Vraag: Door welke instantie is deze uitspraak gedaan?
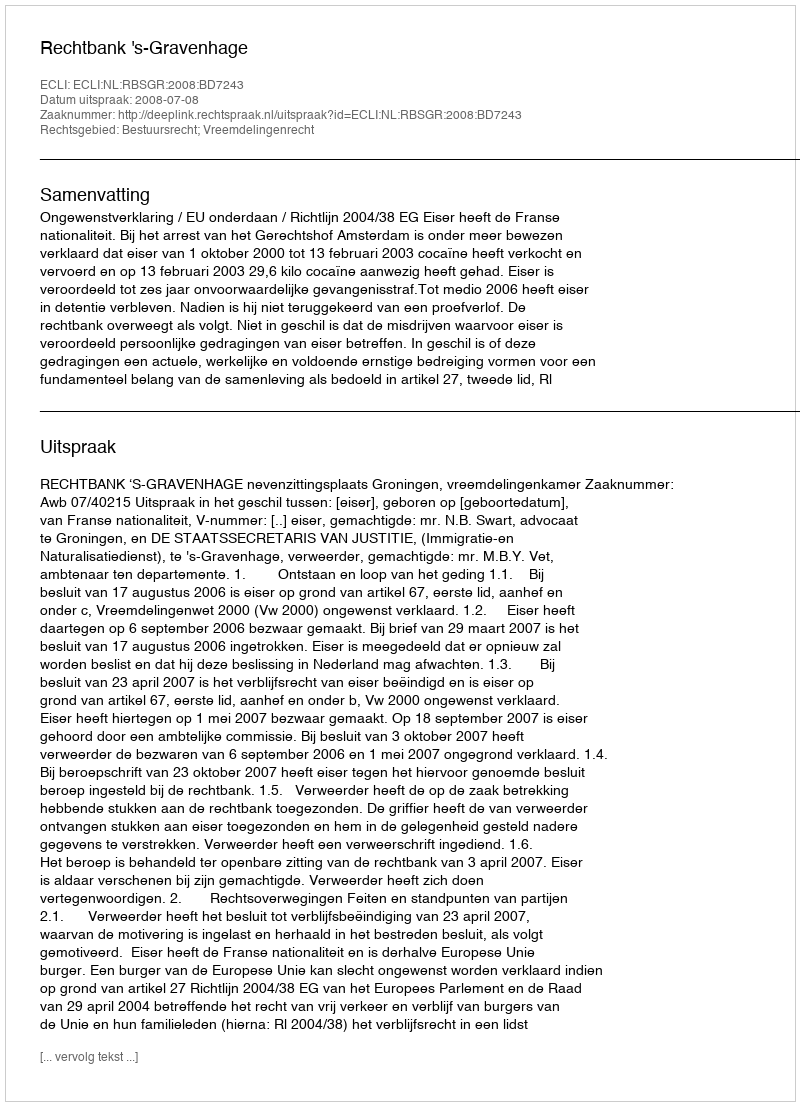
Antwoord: Rechtbank 's-Gravenhage